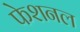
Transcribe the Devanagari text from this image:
फेशनल